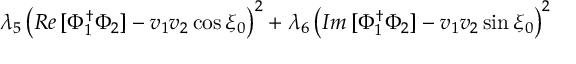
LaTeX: \lambda _ { 5 } \left( { \cal R e } \, [ \Phi _ { 1 } ^ { \dagger } \Phi _ { 2 } ] - v _ { 1 } v _ { 2 } \cos \xi _ { 0 } \right) ^ { 2 } + \lambda _ { 6 } \left( { \cal I m } \, [ \Phi _ { 1 } ^ { \dagger } \Phi _ { 2 } ] - v _ { 1 } v _ { 2 } \sin \xi _ { 0 } \right) ^ { 2 }